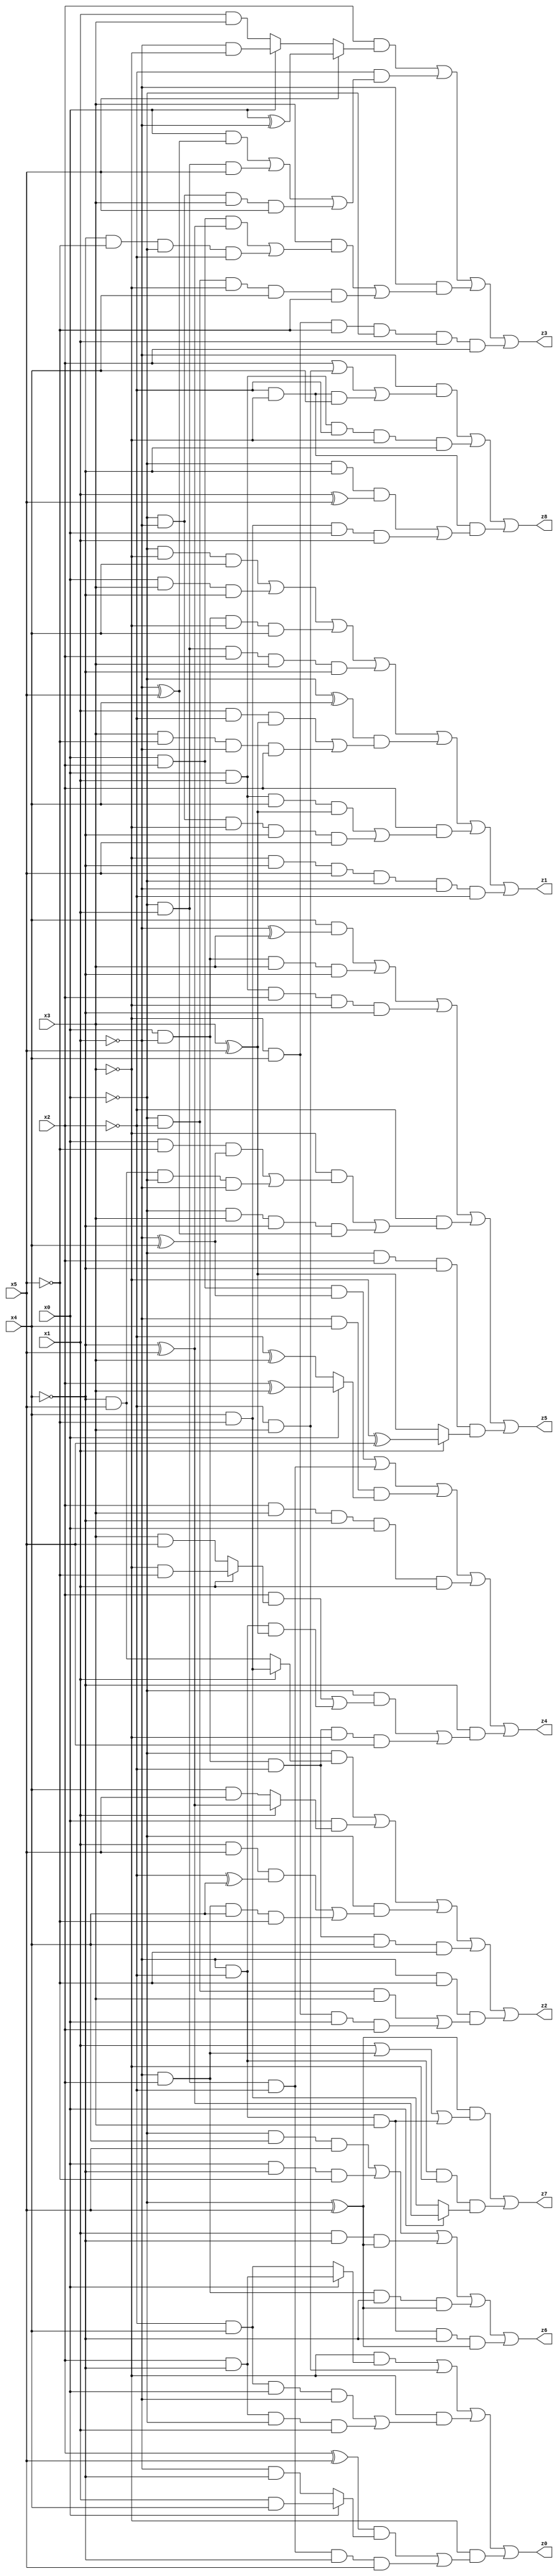
// Benchmark "X_16" written by ABC on Mon Jun 05 23:00:10 2023

module X_16 ( 
    x0, x1, x2, x3, x4, x5,
    z0, z1, z2, z3, z4, z5, z6, z7, z8  );
  input  x0, x1, x2, x3, x4, x5;
  output z0, z1, z2, z3, z4, z5, z6, z7, z8;
  assign z0 = (~x3 & (x0 ? (x2 & ~x4) : (~x2 & x4))) | (~x2 & x3) | (~x3 & ((~x2 & x4 & x0 & ~x1) | (x2 & ~x4 & ~x0 & x1))) | (~x3 & (((x2 ^ x5) & (x0 ? (x1 & x4) : (~x1 & ~x4))) | (~x0 & x1 & ~x2 & ~x4 & x5)));
  assign z1 = (~x0 & ~x3 & x4) | (x0 & x3 & ~x4) | (x0 & ~x1 & ~x3 & x4) | (~x0 & x1 & x2 & x3 & ~x4) | ((~x0 ^ x4) & ((x1 & ~x2 & (x3 ^ x5)) | (x3 & ~x5 & ~x1 & x2))) | (x2 & ((x0 & x1 & x4 & (x3 ^ x5)) | (~x0 & ~x1 & ~x3 & ~x4 & x5))) | (~x3 & ~x4 & x5 & ~x0 & ~x1 & ~x2);
  assign z2 = (~x0 & (x1 ? (x4 & ~x5) : (~x4 & x5))) | (x0 & (x1 ? (~x4 ^ x5) : (x4 & x5))) | (~x0 & ((x1 & x5 & (~x2 ^ x4)) | (~x1 & x2 & x4 & ~x5))) | (x0 & ~x1 & ~x2 & x4 & ~x5) | (~x1 & ~x5 & ((~x0 & ~x2 & x3) | (~x3 & x4 & x0 & x2)));
  assign z3 = (x2 & (x5 ? (x0 ^ ~x1) : (x0 ? (~x1 & ~x3) : (x1 & x3)))) | (~x2 & ((x0 & (~x1 ^ x5)) | (~x0 & x1 & x5) | (~x0 & ~x1 & x3 & x5))) | (~x1 & ((x3 & ((x0 & x2 & (~x4 ^ x5)) | (~x4 & ~x5 & ~x0 & ~x2))) | (~x0 & ~x2 & ~x3 & x4 & ~x5))) | (~x3 & x4 & ~x5 & ~x0 & x1 & x2);
  assign z4 = (x0 & x2 & (~x1 ^ x4)) | (~x0 & x1 & ~x2) | (~x1 & x4 & (x0 ? (x2 ^ x3) : (~x2 ^ x3))) | (x2 & x3 & ~x4 & x0 & x1) | (~x4 & ((~x0 & ((x2 & (x1 ? (~x3 & ~x5) : (x3 & x5))) | (~x1 & ~x2 & (x3 ^ x5)))) | (x0 & ~x1 & ~x2 & ~x3 & x5)));
  assign z5 = (x4 & (~x1 ^ x3)) | (x0 & ~x1 & x3 & ~x4) | (x0 & x1 & x2 & ~x3 & ~x4) | (~x2 & ((~x3 & ((x0 & ~x5 & (~x1 ^ x4)) | (~x4 & x5 & ~x0 & ~x1))) | (~x0 & x3 & ~x4 & (~x1 ^ x5)))) | (~x0 & x2 & ~x4 & (x1 ? (~x3 ^ x5) : (x3 ^ x5)));
  assign z6 = (~x0 & x4 & x5) | (x0 & ~x4 & ~x5) | (x1 & ~x4 & (~x0 ^ x5)) | (~x1 & x2 & ~x4 & (~x0 ^ x5)) | (~x1 & ~x2 & x3 & ~x4 & (~x0 ^ x5));
  assign z7 = ((~x0 ^ x5) & (x1 | (~x1 & x2) | (~x1 & ~x2 & x3))) | (~x1 & ~x2 & ~x3 & (x0 ? (~x4 ^ x5) : (x4 & ~x5)));
  assign z8 = (~x1 & (x2 | (~x2 & x3) | (~x2 & ~x3 & x4))) | (x0 & x1 & ~x2 & ~x3 & ~x4) | (~x2 & ~x3 & ((~x0 & ~x4 & (x1 ^ x5)) | (x4 & ~x5 & x0 & x1)));
endmodule